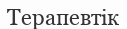
Терапевтік